Annual administration and progress report of the Indian Medical Department, Bombay
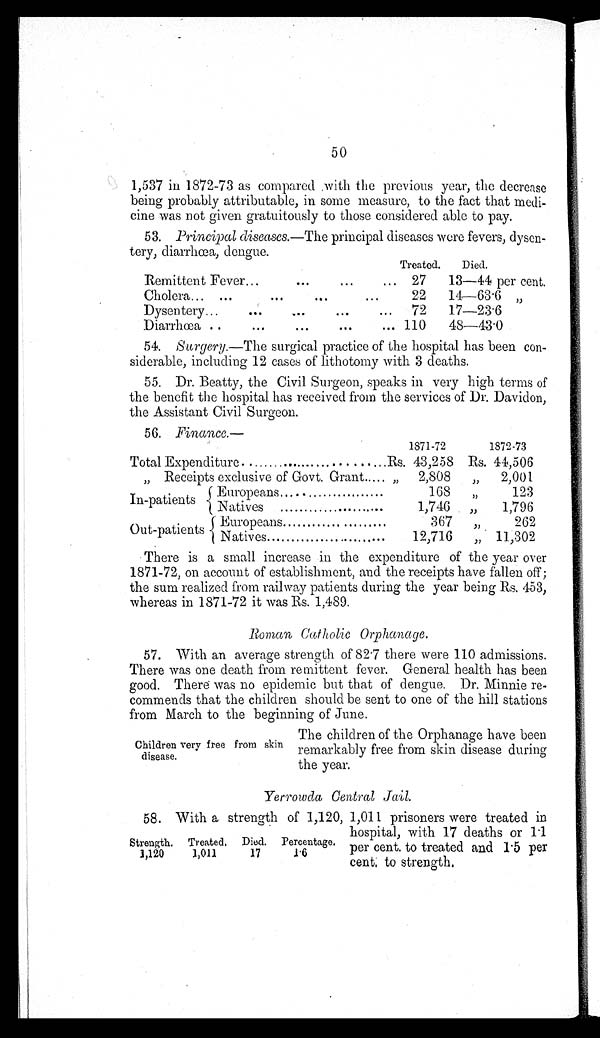
50
1,537 in 1872-73 as compared with the previous year, the decrease
being probably attributable, in some measure, to the fact that medi
- c i n e w a s n o t g i v e n g r a t u i t o u s l y t o t h o s e c o n s i d e r e d a b l e t o p a y .
53. Principal diseases.— The principal diseases were fevers, dysen
-tery, diarrhœa, dengue.
Remittent Fever . . .
Treated.
Died.
27 13—44 per cent.
Cholera . . .
22
14—63.6 "
Dysentery . . .
72
17—23.6
Diarrhœa . . .
110
48—43.0
54.
surgery.—The surgical practice of the hospital has been con
-siderable, including 12 cases of lithotomy with 3 deaths.
55. Dr. Beatty, the Civil Surgeon, speaks in very high terms of
the benefit the hospital has received from the services of Dr. Davidon,
the Assistant Civil Surgeon.
56. Finance.—
Total Expenditure . . .
R s .
1871-72
Rs.
1872-73
43,258
44,506
Receipts exclusive of Govt. Grant . . . "
2,808
" 2,001
In-patients
Europeans . . .
168
"
123
Natives . . .
1,746
"
1,796
Out-patients
Europeans . . .
367 "
262
N a t i v e s . . .
12,716
" 11,302
There is a small increase in the expenditure of the year over
1871-72, on account of establishment, and the receipts have fallen off;
the sum realized from railway patients during the year being Rs. 453,
whereas in 1871-72 it was Rs. 1,489.
Roman Catholic Orphanage.
57. With an average strength of 82.7 there were 110 admissions.
There was one death from remittent fever. General health has been
good. There was no epidemic but that of dengue. Dr. Minnie re
-commends that the children should be sent to one of the hill stations
from March to the beginning of June.
Children very free from skin
disease.
The children of the Orphanage have been
remarkably free from skin disease during
the year.
Yerrowda Central Jail.
58. With a strength of 1,120, 1,011 prisoners were treated in
hospital, with 17 deaths or 1.1
per cent. to treated and 1.5 per
cent to strength.
Strength. Treated. Died. Percentage.
1,120
1,011
17
1.6